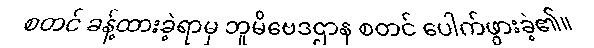
စတင် ခန့်ထားခဲ့ရာမှ ဘူမိဗေဒဌာန စတင် ပေါက်ဖွားခဲ့၏။